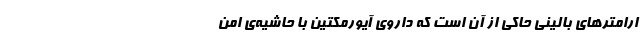
ارامترهای بالینی حاکی از آن است که داروی آیورمکتین با حاشیه‌ی امن